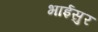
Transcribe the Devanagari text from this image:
भाईसुर